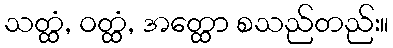
သတ္ထံ, ဝတ္ထံ, အတ္ထော စသည်တည်း။